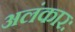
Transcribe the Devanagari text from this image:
अलंकारः